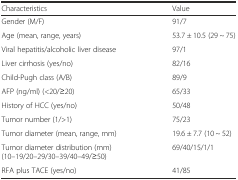
<table><thead><tr><td><b>Characteristics</b></td><td><b>Value</b></td></tr></thead><tbody><tr><td>Gender (M/F)</td><td>91/7</td></tr><tr><td>Age (mean, range, years)</td><td>53.7 ± 10.5 (29 ~ 75)</td></tr><tr><td>Viral hepatitis/alcoholic liver disease</td><td>97/1</td></tr><tr><td>Liver cirrhosis (yes/no)</td><td>82/16</td></tr><tr><td>Child-Pugh class (A/B)</td><td>89/9</td></tr><tr><td>AFP (ng/ml) (&lt;20/≥20)</td><td>65/33</td></tr><tr><td>History of HCC (yes/no)</td><td>50/48</td></tr><tr><td>Tumor number (1/&gt;1)</td><td>75/23</td></tr><tr><td>Tumor diameter (mean, range, mm)</td><td>19.6 ± 7.7 (10 ~ 52)</td></tr><tr><td>Tumor diameter distribution (mm) (10–19/20–29/30–39/40–49/≥50)</td><td>69/40/15/1/1</td></tr><tr><td>RFA plus TACE (yes/no)</td><td>41/85</td></tr></tbody></table>